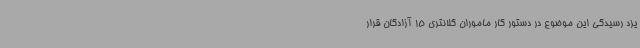
یزد رسیدگی این موضوع در دستور کار ماموران کلانتری 15 آزادگان قرار